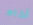
أخاه